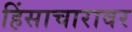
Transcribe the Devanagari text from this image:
हिंसाचारावर